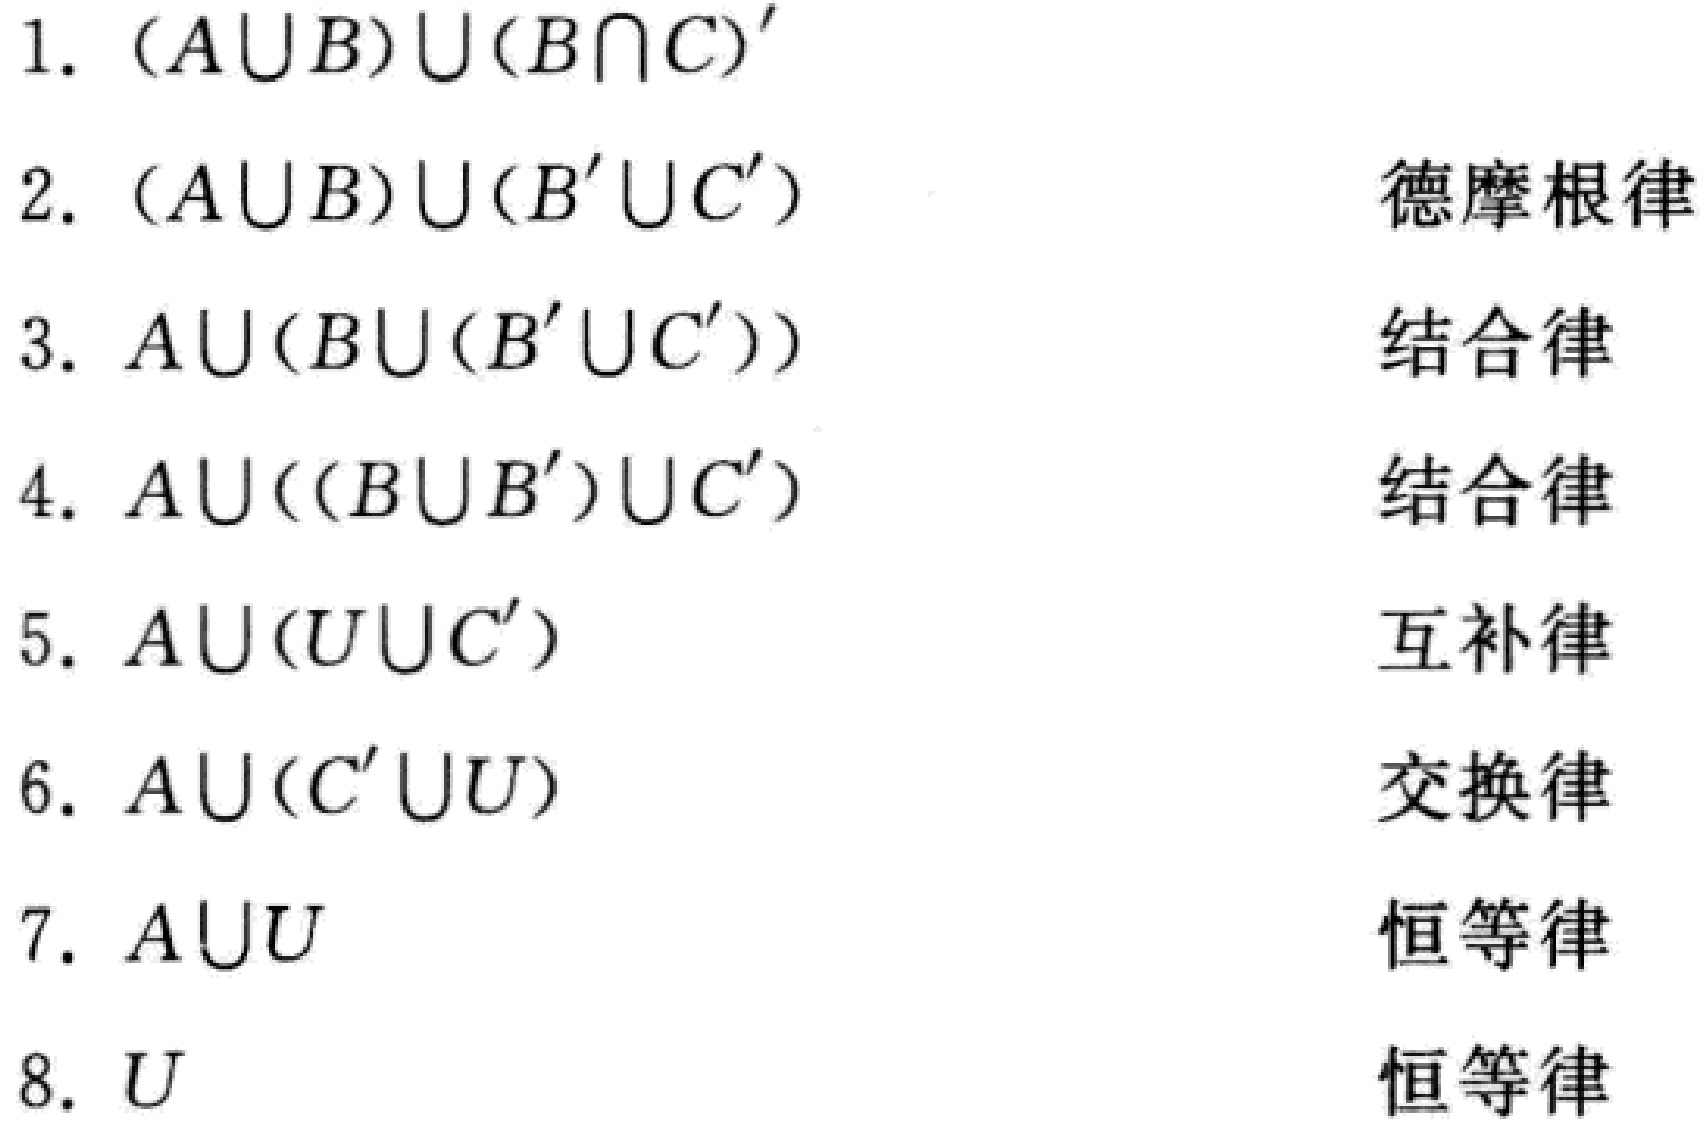
1. $(A\cup B)\cup (B\cap C)'$
2. $(A\cup B)\cup (B'\cup C')$ 德摩根律
3. $A\cup (B\cup (B'\cup C'))$ 结合律
4. $A\cup ((B\cup B')\cup C')$ 结合律
5. $A\cup (U\cup C')$ 互补律
6. $A\cup (C'\cup U)$ 交换律
7. $A\cup U$ 恒等律
8. $U$ 恒等律